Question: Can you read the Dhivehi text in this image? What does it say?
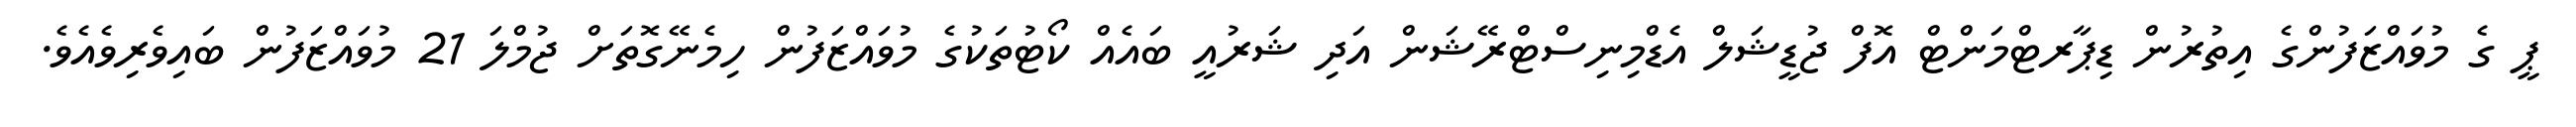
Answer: ޕީ ގެ މުވައްޒަފުންގެ އިތުރުން ޑިޕާރޓްމަންޓް އޮފް ޖުޑީޝަލް އެޑްމިނިސްޓްރޭޝަން އަދި ޝަރުއީ ބައެއް ކޯޓުތަކުގެ މުވައްޒަފުން ހިމެނޭގޮތަށް ޖުމްލަ 21 މުވައްޒަފުން ބައިވެރިވެއެވެ.